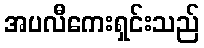
အပလီကေးရှင်းသည်